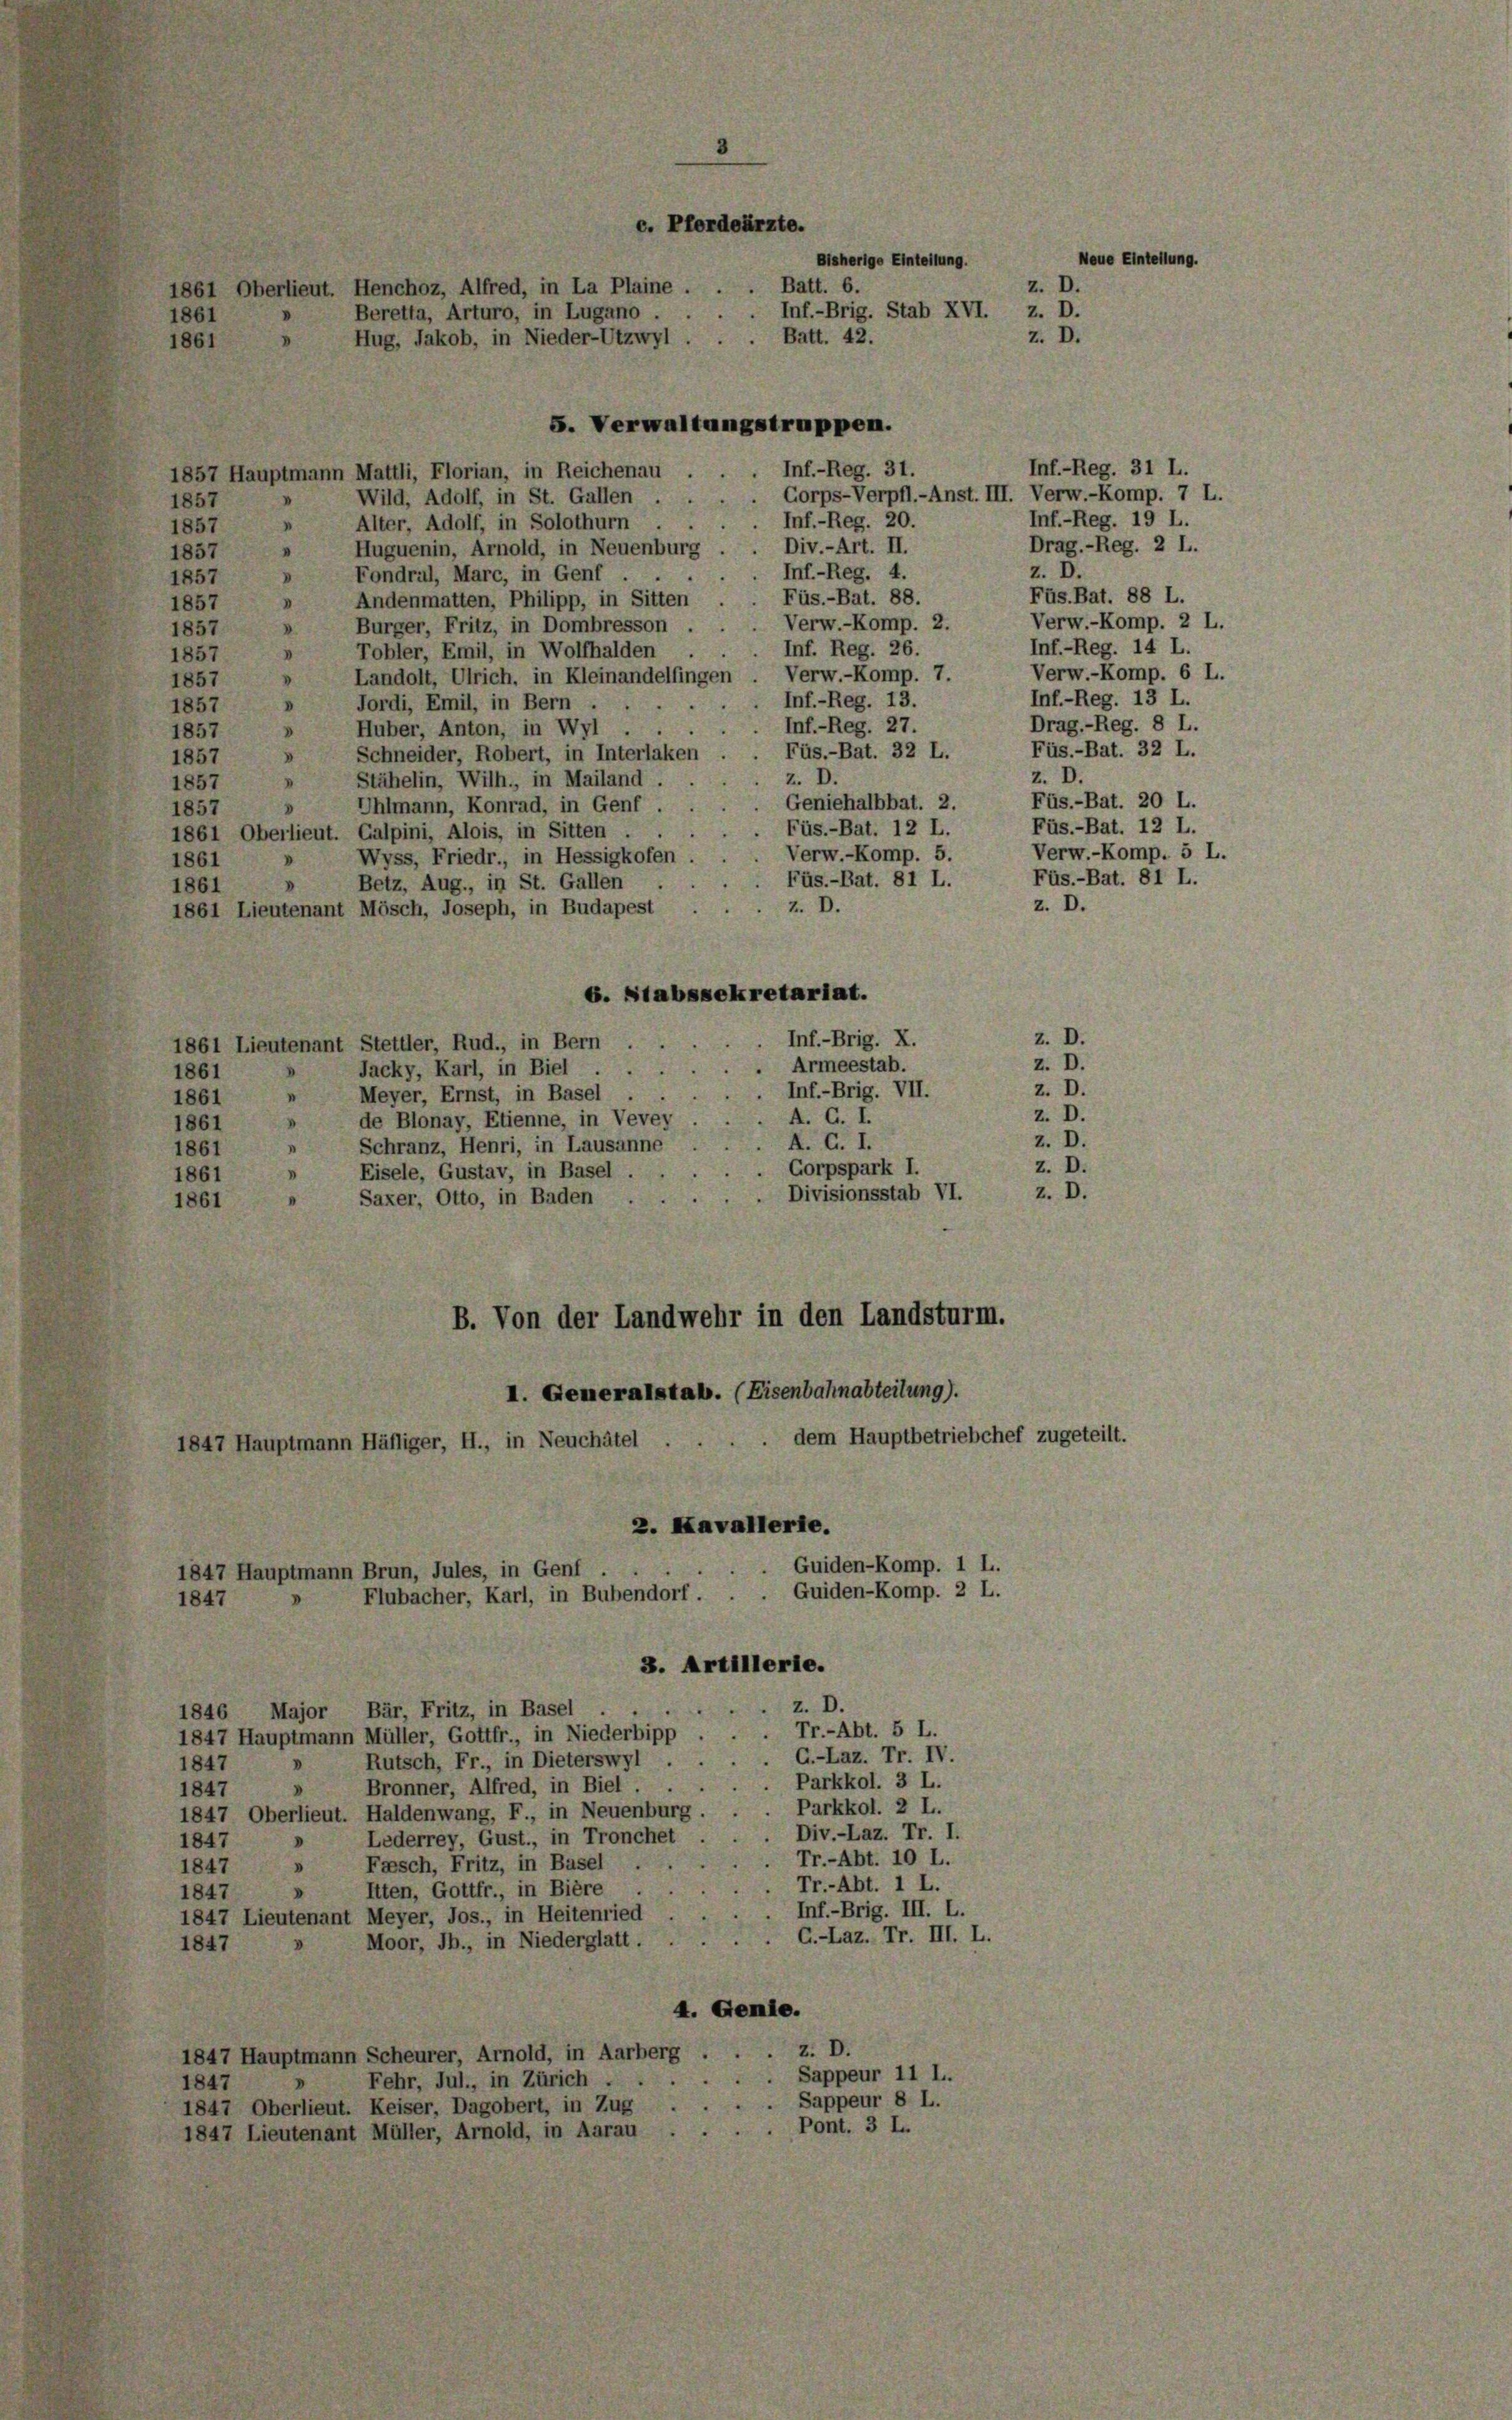
5. Verwaltungstruppen.
Inf.-Reg. 31 L.
1857 Hauptmann Mattli, Florian, in Reichenau . . . Inf.-Reg. 31.
 Corps-Verpfl.-Anst. III. Verw.-Komp. 7 L.
Wild, Adolf, in St. Gallen
1857
Inf.-Reg. 19 L.
Inf.-Reg. 20.
Alter, Adolf, in Solothurn
1857
Drag.-Reg. 2 L.
Div.-Art. II.
Huguenin, Arnold, in Neuenburg
“
1857
z. D.
Inf.-Reg. 4.
Fondral, Marc, in Genf .
.
1857
Füs. Bat. 88 L.
Füs.-Bat. 88.
» Andenmatten, Philipp, in Sitten
1857
Verw.-Komp. 2 L.
.Verw.-Komp. 2.
Burger, Fritz, in Dombresson
V
1857
Inf.-Reg. 14 L.
Inf. Reg. 26.
Tobler, Emil, in Wolfhalden
V
1857
Verw.-Komp. 6 L.
Verw.-Komp. 7.
Landolt, Ulrich, in Kleinandelfingen
1857
.
Inf.-Reg. 13 L.
Inf.-Reg. 13.
Jordi, Emil, in Bern .
V
1857
Drag.-Reg. 8 L.
Inf.-Reg. 27.
1857 " Huber, Anton, in Wyl
Füs.-Bat. 32 L.
Füs.-Bat. 32 L.
Schneider, Robert, in Interlaken
3
1857
z. D.
Stähelin, Wilh., in Mailand.
z. D.
I
1857
Füs.-Bat. 20 L.
Geniehalbbat. 2.
Uhlmann, Konrad, in Genf.
"
1857
Füs.-Bat. 12 L.
Füs.-Bat. 12 L.
1861 Oberlieut. Galpini, Alois, in Sitten.
Verw.-Komp. 5 L.
Verw.-Komp. 5.
Wyss, Friedr., in Hessigkofen.
1861
V
Füs.-Bat. 81 L.
Füs.-Bat. 81 L.
Betz, Aug., in St. Gallen
.
1861
z. D.
Z. D.
1861 Lieutenant Mösch, Joseph, in Budapest
6. Stabssekretariat.
Inf.-Brig. X.
1861 Lieutenant Stettler, Rud., in Bern
Armeestab.
Jacky, Karl, in Biel.
1861
Inf.-Brig. VII.
Meyer, Ernst, in Basel . .
"
1861
A. G. I.
de Blonay, Etienne, in Vevey
1861
z. D.
A. G. I.
Schranz, Henri, in Lausanne
.
1861
z. D.
Gorpspark I.
Eisele, Gustav, in Basel.
1861
z. D.
Divisionsstab VI.
Saxer, Otto, in Baden .
1861
B. Von der Landwehr in den Landsturm.
I. Generalstab. (Eisenbahnabteilung).
dem Hauptbetriebchef zugeteilt.
1847 Hauptmann Häfliger, H., in Neuchâtel.
2. Kavallerie.
Guiden-Komp. 1 L.
1847 Hauptmann Brun, Jules, in Genf
Guiden-Komp. 2 L.
Flubacher, Karl, in Bubendorf.
1847
3. Artillerie.
z. D.
1846 Major Bär, Fritz, in Basel
Tr.-Abt. 5 L.
.
1847 Hauptmann Müller, Gottfr., in Niederbipp
G.-Laz. Tr. IV.
Rutsch, Fr., in Dieterswyl
1847
. Parkkol. 3 L.
Bronner, Alfred, in Biel
"
1847
Parkkol. 2 L.
1847 Oberlieut. Haldenwang, F., in Neuenburg.
Div.-Laz. Tr. I.
Lederrey, Gust., in Tronchet
1847
Tr.-Abt. 10 L.
Fasch, Fritz, in Basel
1847
D
Tr.-Abt. 1 L.
Itten, Gottfr., in Bière
1847
Inf.-Brig. III. L.
1847 Lieutenant Meyer, Jos., in Heitenried
G.-Laz. Fr. III. L.
Moor, Jb., in Niederglatt.
1847
4. Genie.
1847 Hauptmann Scheurer, Arnold, in Aarberg . . . z. D.
 Sappeur 11 L.
Fehr, Jul., in Zürich . .
1847
1847 Oberlieut. Keiser, Dagobert, in Zug . . . . Sappeur 8 L.
Pont. 3 L.
1847 Lieutenant Müller, Arnold, in Aarau

1861
1861

c. Pferdeärzte.
Neue Einteilung.
Bisherige Einteilung.
Batt. 6.
z. D.
1861 Oberlieut. Henchoz, Alfred, in La Plaine.
Inf.-Brig. Stab XVI. z. D.
Beretta, Arturo, in Lugano.
z. D.
Batt. 42.
Hug, Jakob, in Nieder-Utzwyl.

z. D.

z. D.
z. D.
Z. D.